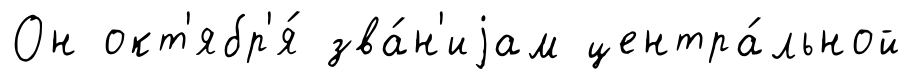
Он окт'ябр'я́ зва́н'иjам центра́льной